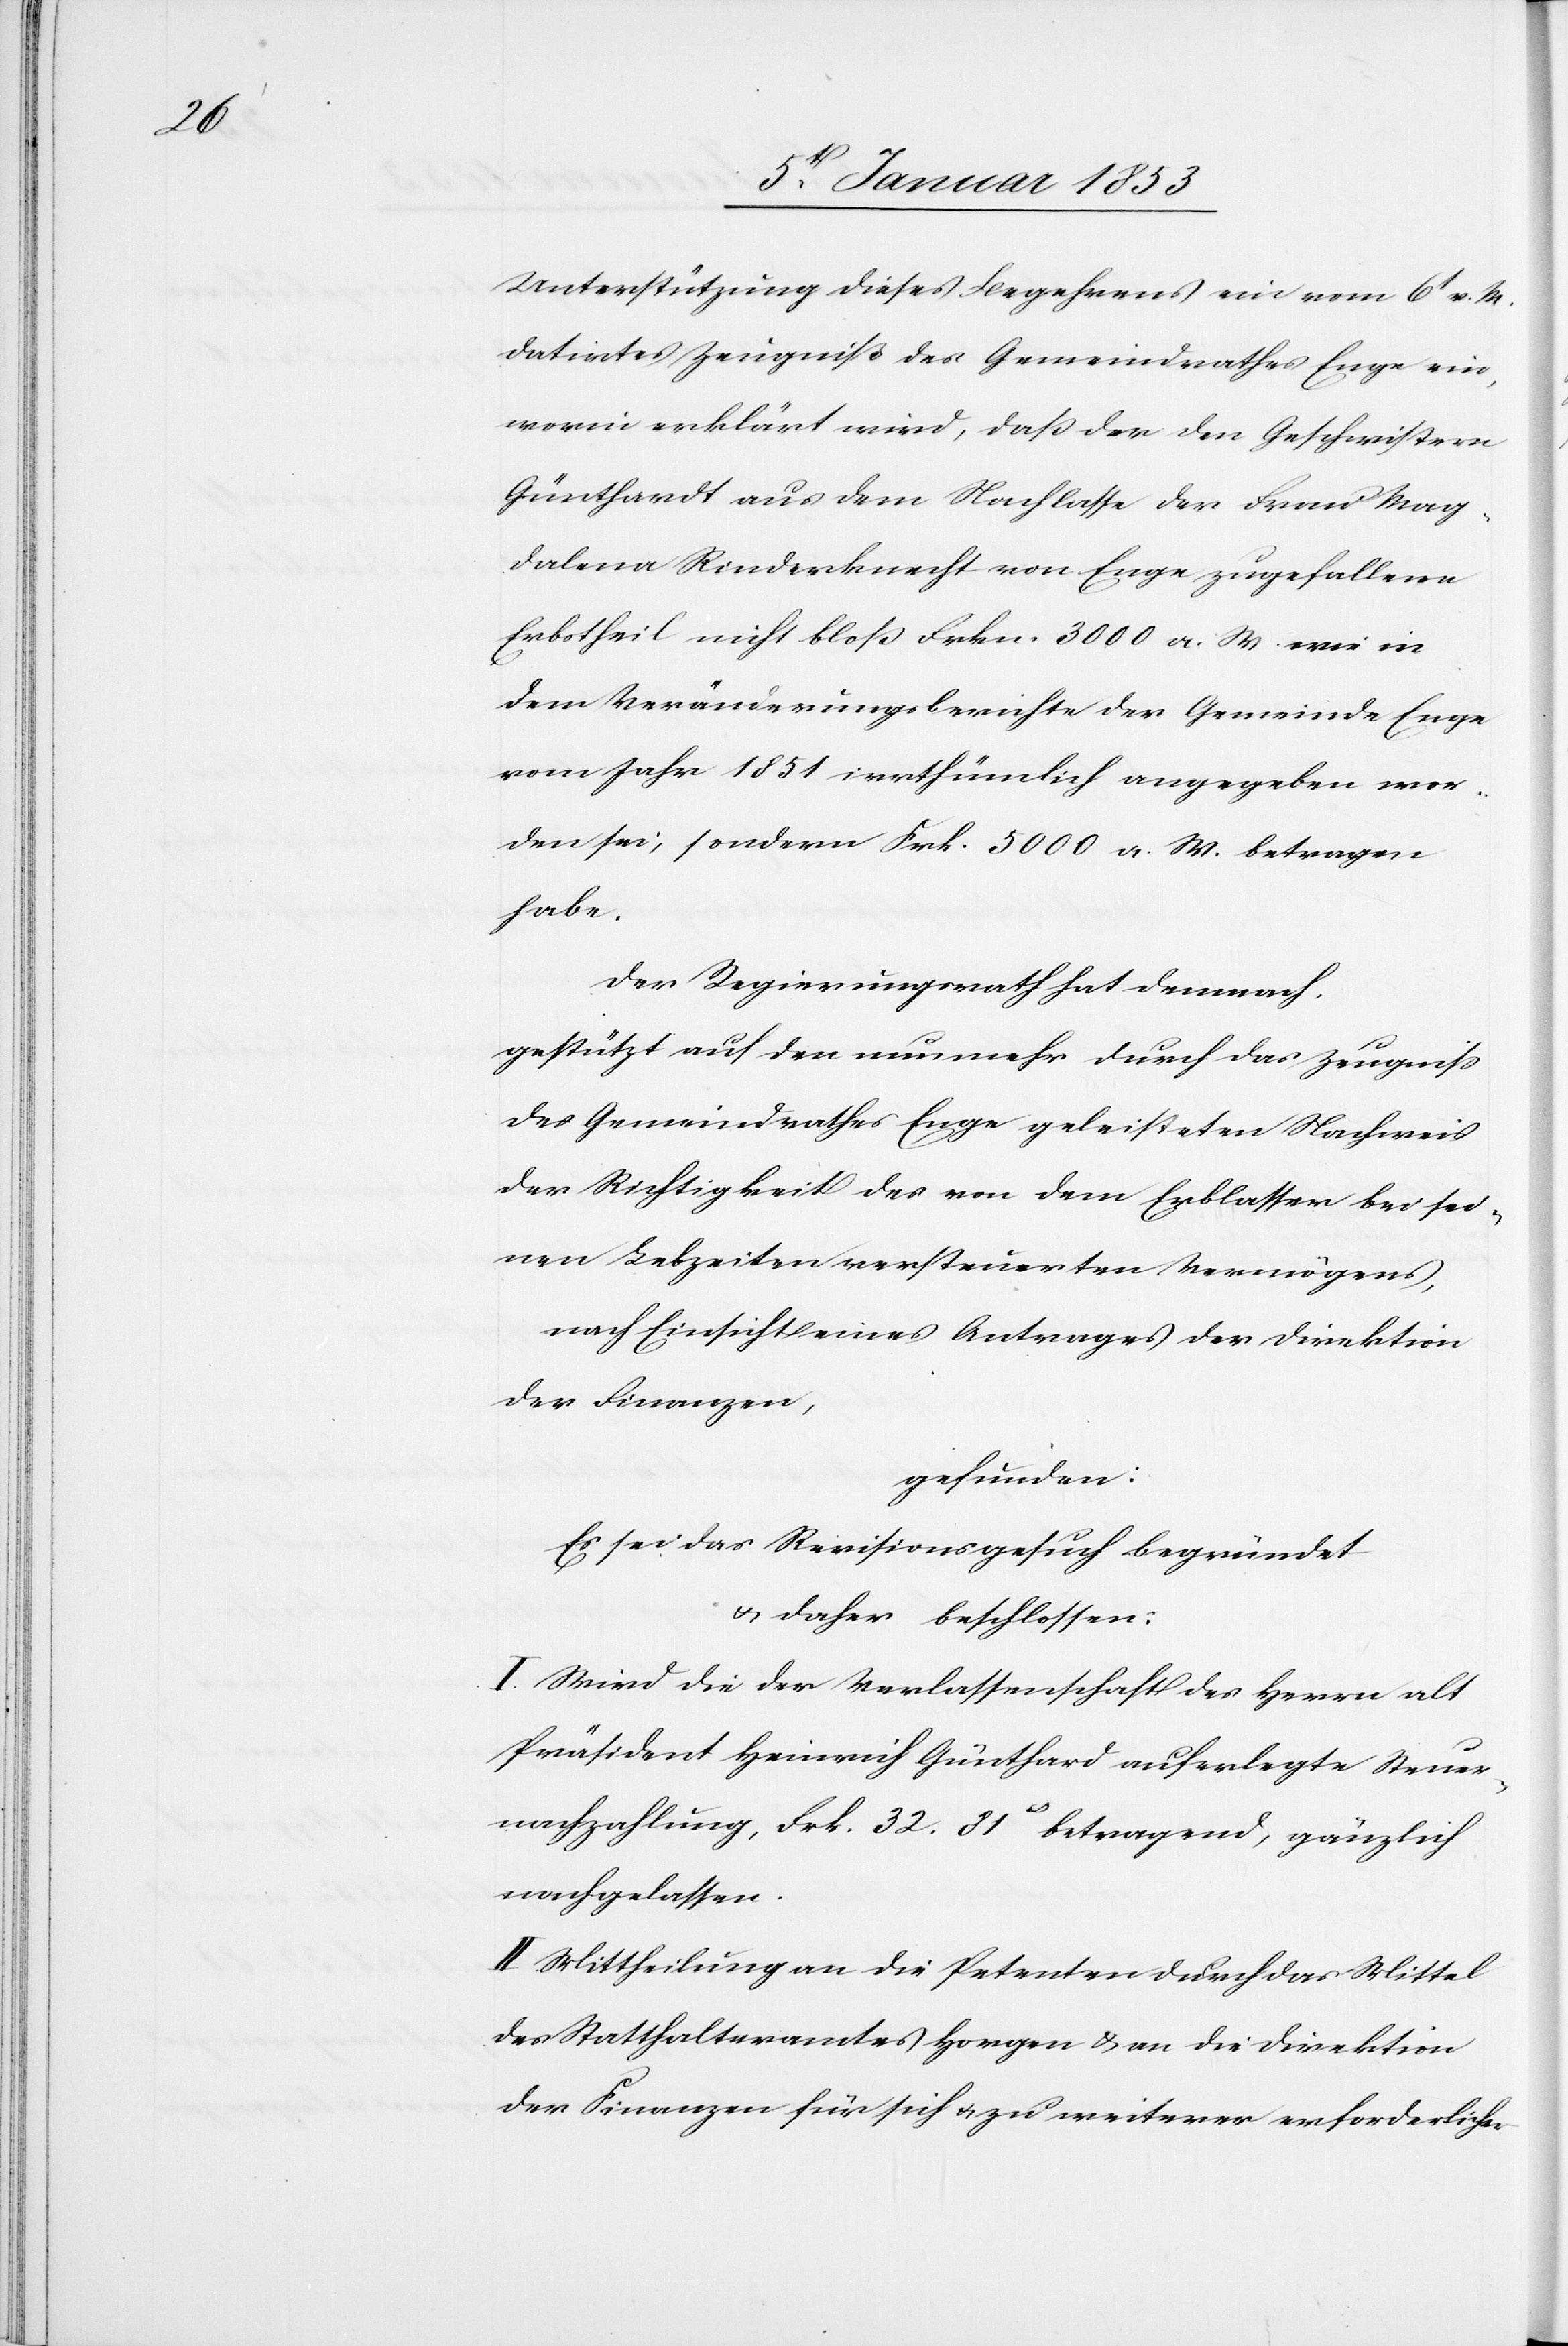
Unterstützung dieses Begehrens ein vom 6t. v. M.
datirtes Zeugniss des Gemeindrathes Enge ein,
worin erklärt wird, dass der den Geschwistern
Günthardt aus dem Nachlasse der Frau Mag¬
dalena Rinderknecht von Enge zugefallene
Erbstheil nicht bloss Frkn. 3000 a. W. wie in
dem Veränderungsberichte der Gemeinde Enge
vom Jahr 1851 irrthümlich angegeben wor¬
den sei, sondern Frk. 5000. a. W. betragen
habe.
der Regierungsrath hat demnach
gestützt auf den nunmehr durch das Zeugniss
des Gemeindrathes Enge geleisteten Nachweis
der Richtigkeit des von dem Erblasser bei sei¬
nen Lebzeiten versteuerten Vermögens,
nach Einsicht eines Antrages der Direktion
der Finanzen,
gefunden:
Es sei das Revisionsgesuch begründet
u. daher beschlossen:
I. Wird die der Verlassenschaft des Herrn alt
Präsident Heinrich Günthardt auferlegte Steuer¬
nachzahlung, Frk. 32. 81 c betragend, gänzlich
nachgelassen.
II. Mittheilung an die Petenten durch das Mittel
des Statthalteramtes Horgen u. an die Direktion
der Finanzen für sich u. zu weiterer erforderlicher